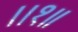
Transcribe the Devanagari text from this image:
।।१॥